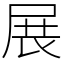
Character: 展